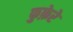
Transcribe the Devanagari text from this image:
फुफ़ेरे